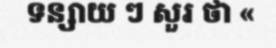
ទន្សាយ ៗ សួរ ថា «